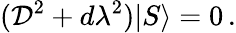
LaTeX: ({\cal D}^{2}+d\lambda^{2})|S\rangle=0\, .